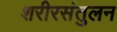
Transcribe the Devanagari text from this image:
शरीरसंतुलन